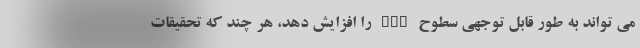
می تواند به طور قابل توجهی سطوح HGH را افزایش دهد، هر چند که تحقیقات